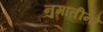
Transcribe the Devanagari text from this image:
नुमातीनो